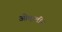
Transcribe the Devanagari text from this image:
ओव्हलीन